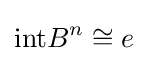
{\text{int}}B^{n}\cong e